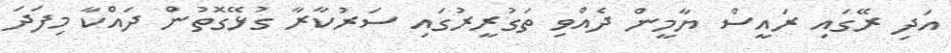
އަދި ރޭގައި ރައީސް ޔާމީން ދެއްވި ތަގުރީރުގައި ސަރުކާރާ ގުޅޭގޮތުން ދައްކާ މިފަދަ